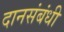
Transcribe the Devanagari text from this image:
दानसंबंधी